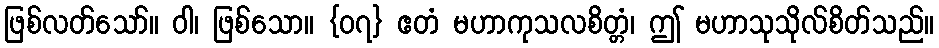
ဖြစ်လတ်သော်။ ဝါ၊ ဖြစ်သော။ {၀၇} ဧတံ မဟာကုသလစိတ္တံ၊ ဤ မဟာသုသိုလ်စိတ်သည်။